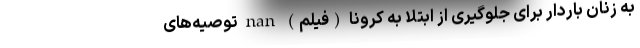
به زنان باردار برای جلوگیری از ابتلا به کرونا (فیلم) nan توصیه‌های